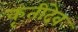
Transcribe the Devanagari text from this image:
कृतीदेव